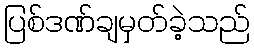
ပြစ်ဒဏ်ချမှတ်ခဲ့သည်